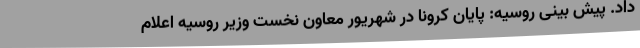
داد. پیش بینی روسیه: پایان کرونا در شهریور معاون نخست وزیر روسیه اعلام